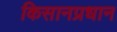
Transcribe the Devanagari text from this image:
किसानप्रधान